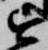
を